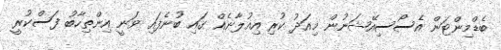
ބެޑްމިންޓަން އެސޯސިއޭޝަނުން މިއަދު ކުރި އިއުލާނެއް ގައި ބުނެފައި ވަނީ އިންތިހާބު ފަސްކުރީ